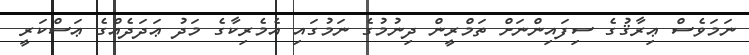
ނަމަވެސް ޢިރާޤުގެ ސިފައިންނަށް ތަމްރީން ދިނުމުގެ ނަމުގައި އެމެރިކާގެ މަދު ޢަދަދެއްގެ ޢަސްކަރީ